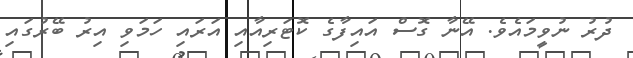
ދުރު ނުވީމައެވެ. އޭނާ ގޮސް އައިފާގެ ކޮޓަރިއާއި އަރައި ހަމަވި އިރު ބޭރުގައި